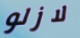
لازلو